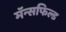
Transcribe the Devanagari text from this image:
मॅन्सफिल्ड